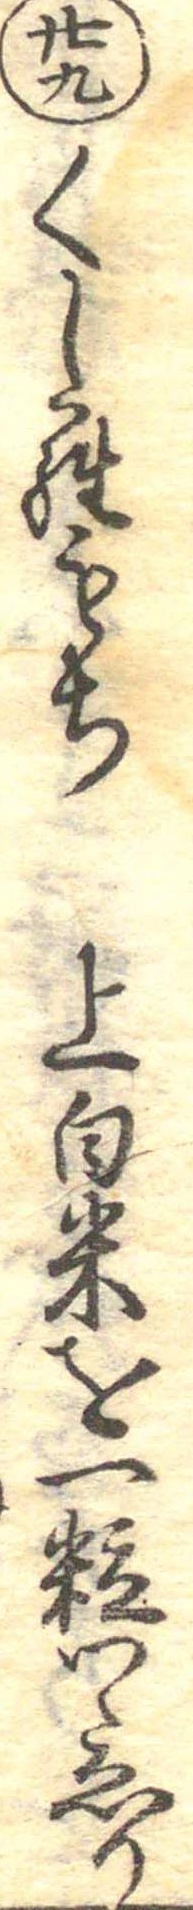
廿九くしらもち上白米を一粒つゝゑり